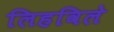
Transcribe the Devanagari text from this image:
लिहविले